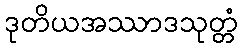
ဒုတိယအဿာဒသုတ္တံ